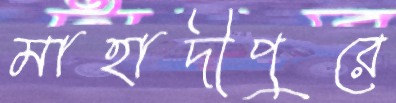
মাহাদীপুরে